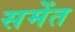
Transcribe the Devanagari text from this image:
समेंत